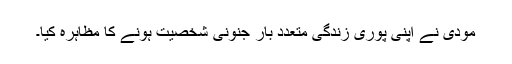
مودی نے اپنی پوری زندگی متعدد بار جنونی شخصیت ہونے کا مظاہرہ کیا۔